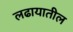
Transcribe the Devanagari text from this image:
लढायातील